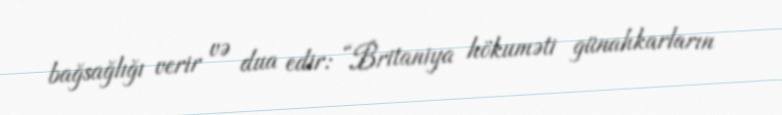
bağsağlığı verir və dua edir: “Britaniya hökuməti günahkarların